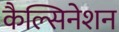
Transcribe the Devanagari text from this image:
कैल्सिनेशन